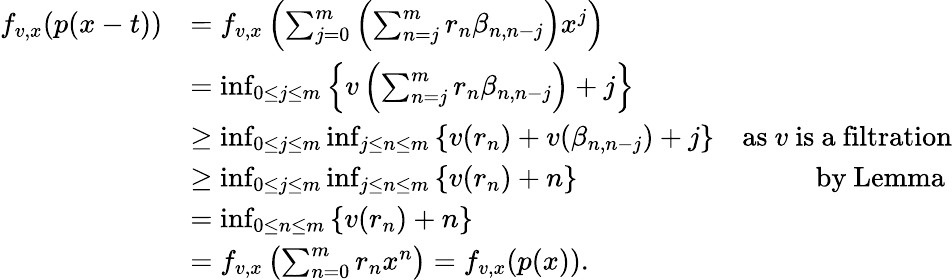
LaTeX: \begin{array}{rlr}{f_{v,x}(p(x-t))}&{=f_{v,x}\left(\sum_{j=0}^{m}\left(\sum_{n=j}^{m}r_{n}\beta_{n,n-j}\right)x^{j}\right)}\\ &{=\operatorname*{inf}_{0\leq j\leq m}\left\{ v\left(\sum_{n=j}^{m}r_{n}\beta_{n,n-j}\right)+j\right\} }\\ &{\geq\operatorname*{inf}_{0\leq j\leq m}\operatorname*{inf}_{j\leq n\leq m}\left\{ v(r_{n})+v(\beta_{n,n-j})+j\right\} }&{\mathrm{as~}v\mathrm{~is~a~filtration}}\\ &{\geq\operatorname*{inf}_{0\leq j\leq m}\operatorname*{inf}_{j\leq n\leq m}\left\{ v(r_{n})+n\right\} }&{\mathrm{by~Lemma~}}\\ &{=\operatorname*{inf}_{0\leq n\leq m}\left\{ v(r_{n})+n\right\} }\\ &{=f_{v,x}\left(\sum_{n=0}^{m}r_{n}x^{n}\right)=f_{v,x}(p(x)).}\end{array}